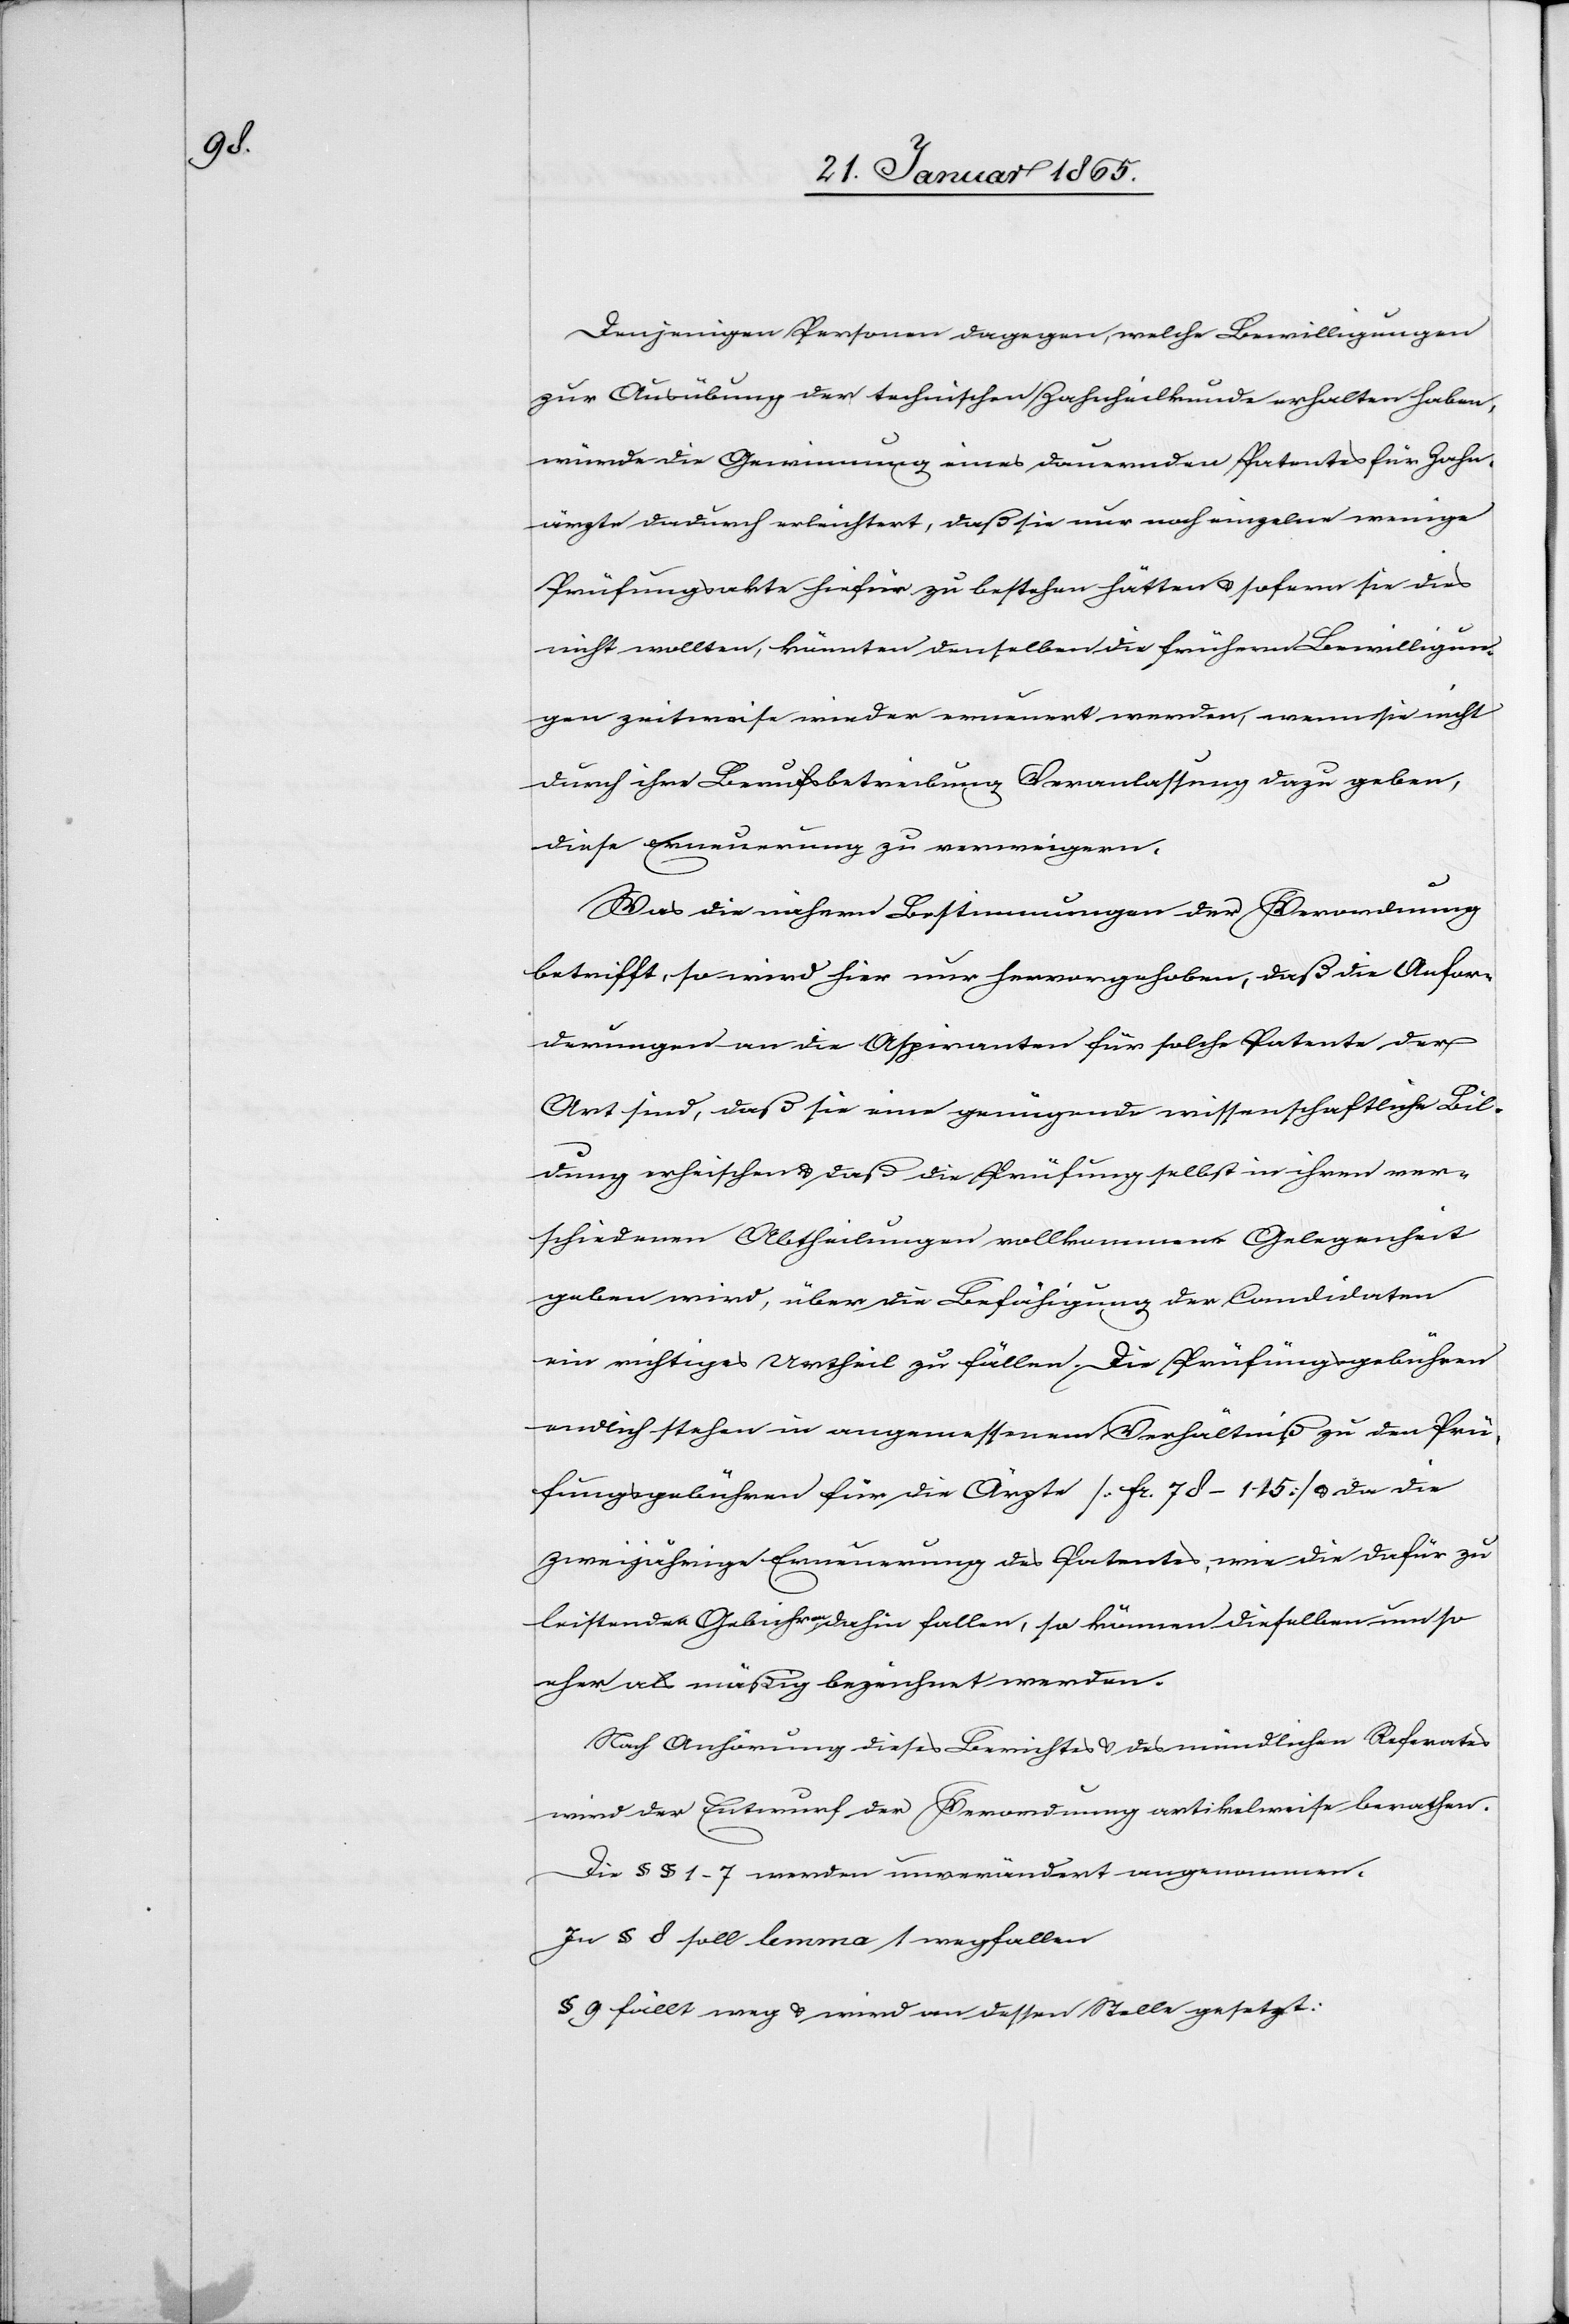
Denjenigen Personen dagegen, welche Bewilligungen
zur Ausübung der technischen Zahnheilkunde erhalten haben,
würde die Gewinnung eines dauernden Patentes für Zahn¬
ärzte dadurch erleichtert, daß sie nur noch einzelne wenige
Prüfungsakte hiefür zu bestehen hätten u. sofern sie dies
nicht wollten, könnten denselben die frühern Bewilligun¬
gen zeitweise wieder erneuert werden, wenn sie nicht
durch ihre Berufsbetreibung Veranlassung dazu geben,
diese Erneuerung zu verweigern.
Was die nähern Bestimmungen der Verordnung
betrifft, so wird hier nur hervorgehoben, daß die Anfor¬
derungen an die Aspiranten für solche Patente der
Art sind, daß sie eine genügende wissenschaftliche Bil¬
dung erheischen u. daß die Prüfung selbst in ihren ver¬
schiedenen Abtheilungen vollkommene Gelegenheit
geben wird, über die Befähigung der Candidaten
ein richtiges Urtheil zu fällen. Die Prüfungsgebühren
endlich stehen in angemessenem Verhältniß zu den Prü¬
fungsgebühren für die Ärzte [fr. 78–115] u. da die
zweijährige Erneuerung des Patentes, wie die dafür zu
leistenden Gebühren dahin fallen, so können dieselben um so
eher als mäßig bezeichnet werden.
Nach Anhörung dieses Berichtes u. des mündlichen Referates
wird der Entwurf der Verordnung artikelweise berathen.
Die § § 1–7 werden unverändert angenommen.
In § 8 soll lemma 1 wegfallen
§ 9 fällt weg u. wird an dessen Stelle gesetzt.